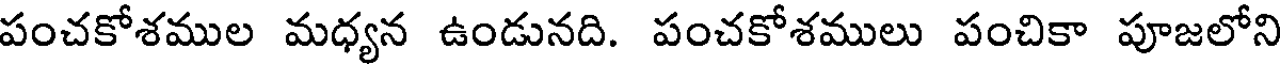
పంచకోశముల మధ్యన ఉండునది. పంచకోశములు పంచికా పూజలోని